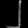
Digit: ၂